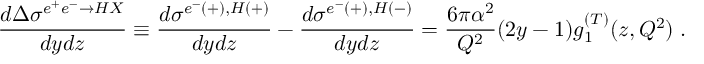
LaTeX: \frac { d \Delta \sigma ^ { e ^ { + } e ^ { - } \rightarrow H X } } { d y d z } \equiv \frac { d \sigma ^ { e ^ { - } ( + ) , H ( + ) } } { d y d z } - \frac { d \sigma ^ { e ^ { - } ( + ) , H ( - ) } } { d y d z } = \frac { 6 \pi \alpha ^ { 2 } } { Q ^ { 2 } } ( 2 y - 1 ) g _ { 1 } ^ { ( T ) } ( z , Q ^ { 2 } ) \; .